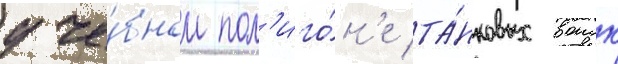
уче́бном пол'иго́н'е та́нковых воиск